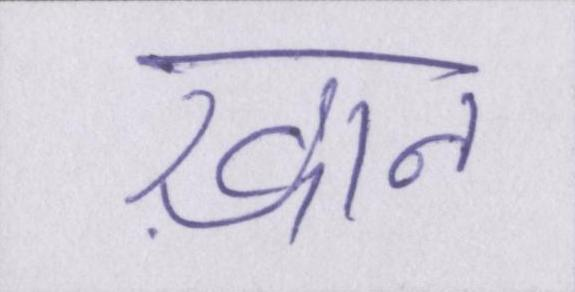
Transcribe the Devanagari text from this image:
ख़ान